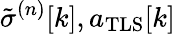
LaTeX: \tilde{\sigma}^{(n)}[k],a_{\mathrm{TLS}}[k]